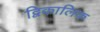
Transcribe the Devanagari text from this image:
द्विकालिक